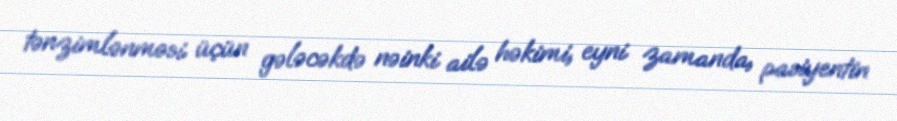
tənzimlənməsi üçün gələcəkdə nəinki ailə həkimi, eyni zamanda, pasiyentin